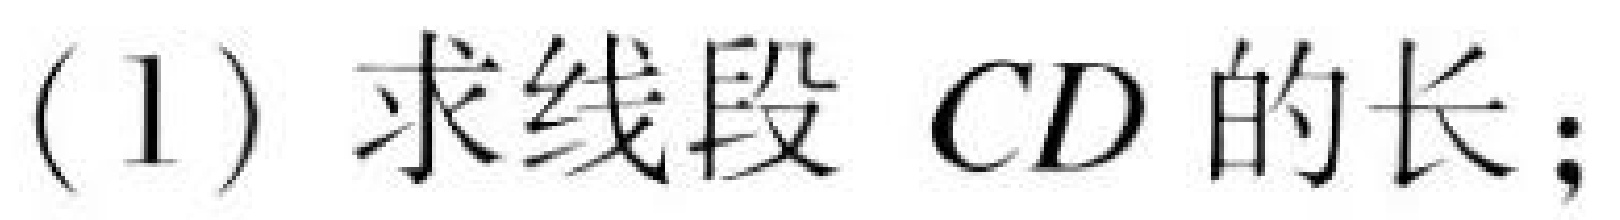
(1) 求线段 \(CD\) 的长；